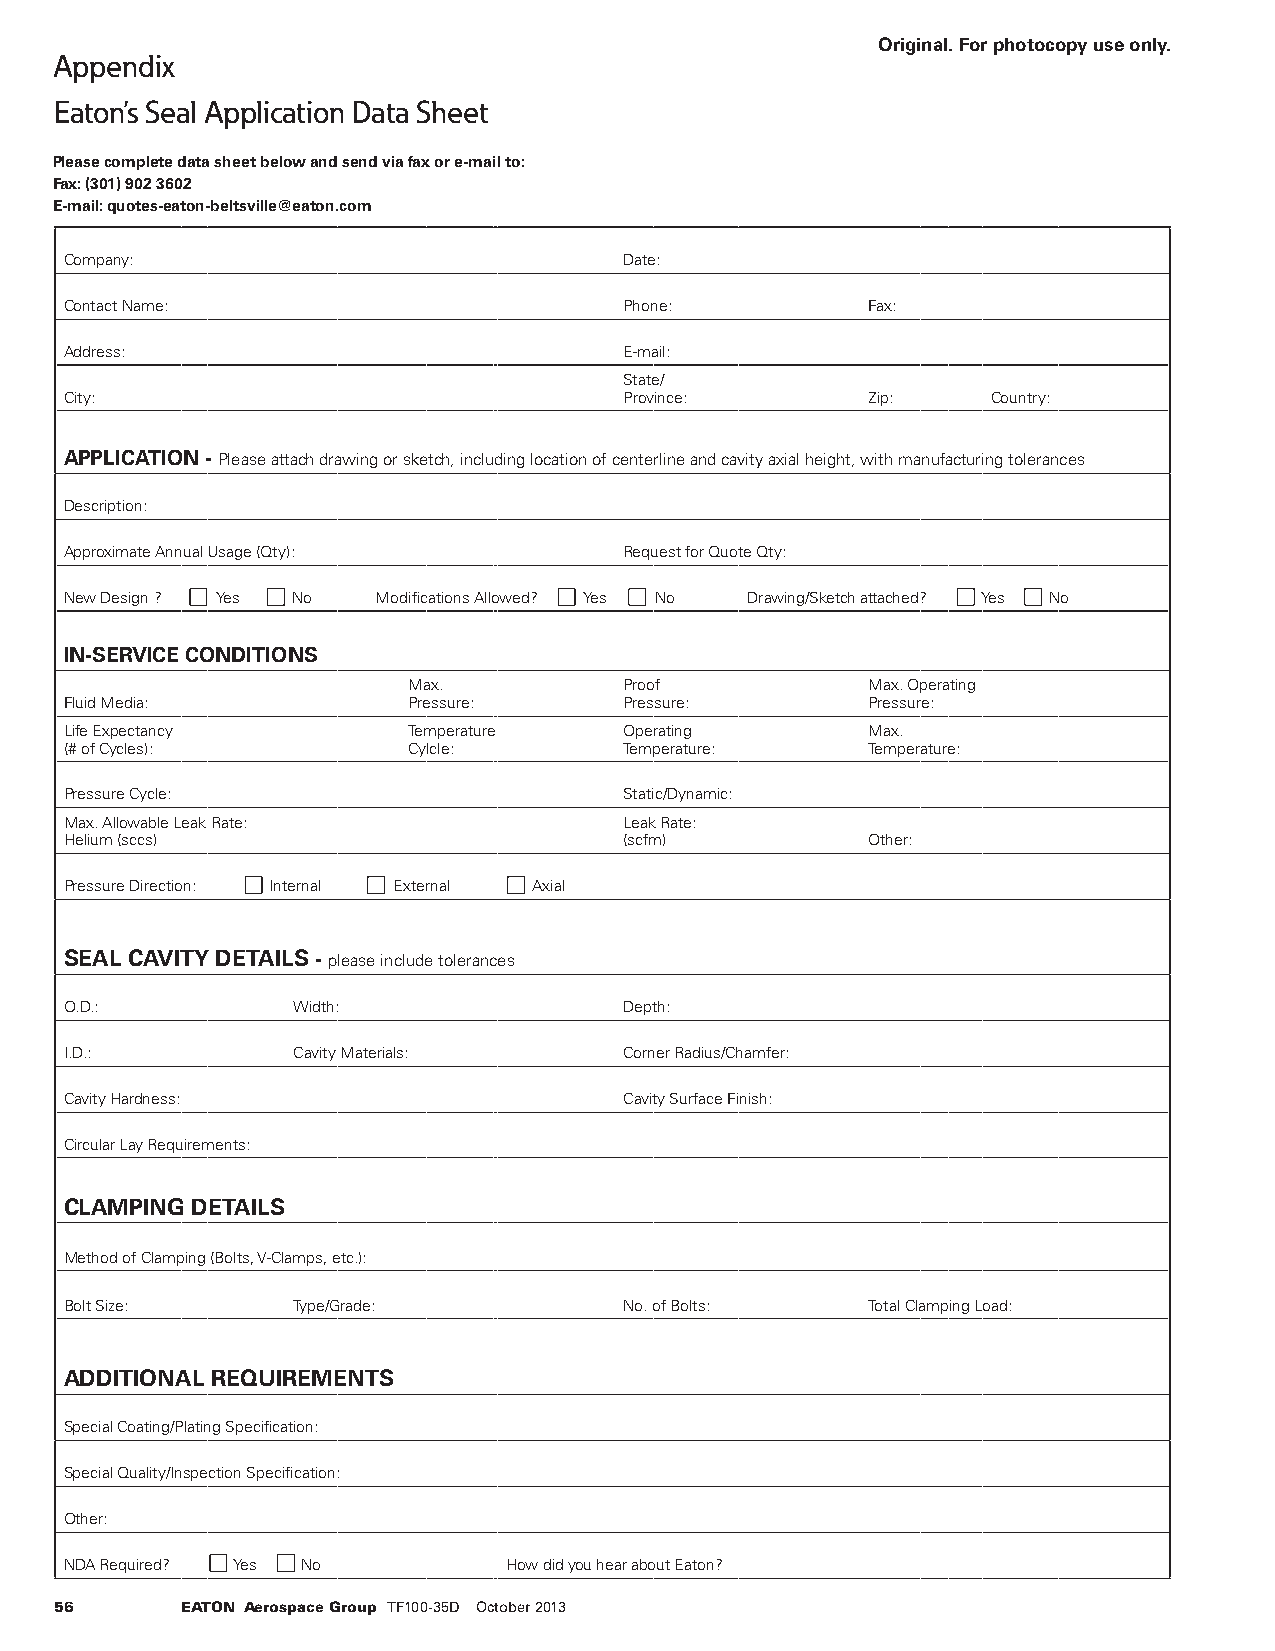
Original. For photocopy use only.
 Appendix
 Eaton’s Seal Application Data Sheet
 Please complete data sheet below and send via fax or e-mail to:
 Fax: (301) 902 3602
 E-mail: quotes-eaton-beltsville@eaton.com
 Company:                             Date:
 Contact Name:                        Phone:          Fax:
 Address:                             E-mail:
 State/
 City:                                Province:       Zip:     Country:
 APPLICATION - Please attach drawing or sketch, including location of centerline and cavity axial height, with manufacturing tolerances
 Description:
 Approximate Annual Usage (Qty):      Request for Quote Qty:
 New Design ? Yes No  Modifications Allowed? Yes No Drawing/Sketch attached? Yes No
 IN-SERVICE CONDITIONS
 Max.          Proof           Max. Operating
 Fluid Media:           Pressure:     Pressure:       Pressure:
 Life Expectancy        Temperature   Operating       Max.
 (# of Cycles):         Cylcle:       Temperature:    Temperature:
 Pressure Cycle:                      Static/Dynamic:
 Max. Allowable Leak Rate:            Leak Rate:
 Helium (sccs)                        (scfm)          Other:
 Pressure Direction: Internal External Axial
 SEAL CAVITY DETAILS - please include tolerances
 O.D.:          Width:                Depth:
 I.D.:          Cavity Materials:     Corner Radius/Chamfer:
 Cavity Hardness:                     Cavity Surface Finish:
 Circular Lay Requirements:
 CLAMPING DETAILS
 Method of Clamping (Bolts, V-Clamps, etc.):
 Bolt Size:     Type/Grade:           No. of Bolts:   Total Clamping Load:
 ADDITIONAL REQUIREMENTS
 Special Coating/Plating Specification:
 Special Quality/Inspection Specification:
 Other:
 NDA Required? Yes No         How did you hear about Eaton?
 56      EATON Aerospace Group TF100-35D October 2013